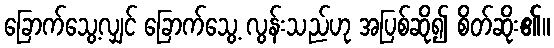
ခြောက်သွေ့လျှင် ခြောက်သွေ့ လွန်းသည်ဟု အပြစ်ဆို၍ စိတ်ဆိုး၏။